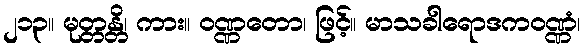
၂၁၃။ မုတ္တန္တိ၊ ကား။ ဝဏ္ဏတော၊ ဖြင့်။ မာသခါရောဒကဝဏ္ဏံ၊